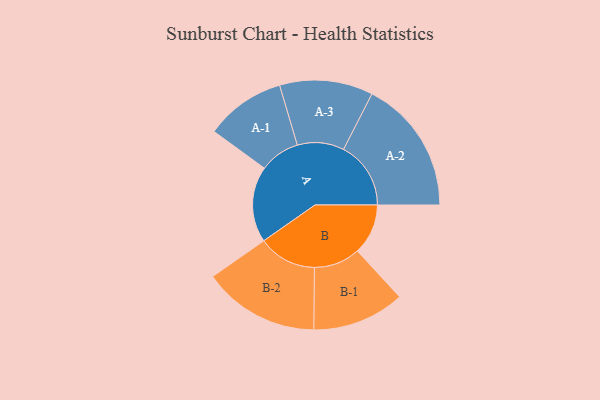
{"axis": {"x": "Segment", "y": "Value"}, "legend": ["", "A", "B"], "data": [{"x": "A", "y": 324, "type": ""}, {"x": "B", "y": 216, "type": ""}, {"x": "A-1", "y": 171, "type": "A"}, {"x": "A-2", "y": 287, "type": "A"}, {"x": "A-3", "y": 199, "type": "A"}, {"x": "B-1", "y": 197, "type": "B"}, {"x": "B-2", "y": 249, "type": "B"}]}